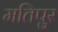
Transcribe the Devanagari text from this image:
मतिपुर